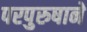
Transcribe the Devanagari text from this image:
परपुरुषाने